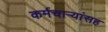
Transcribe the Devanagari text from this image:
कर्मचाऱ्यांसह